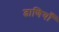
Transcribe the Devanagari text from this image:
ढाणियाँ